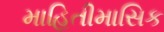
માહિતીમાસિક